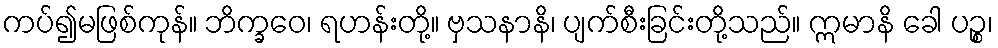
ကပ်၍မဖြစ်ကုန်။ ဘိက္ခဝေ၊ ရဟန်းတို့။ ဗှသနာနိ၊ ပျက်စီးခြင်းတို့သည်။ ဣမာနိ ခေါ ပဉ္စ၊